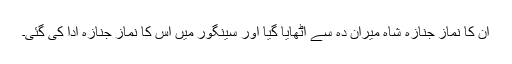
ان کا نماز جنازہ شاہ میران دہ سے اٹھایا گیا اور سینگور میں اس کا نماز جنازہ ادا کی گئی۔